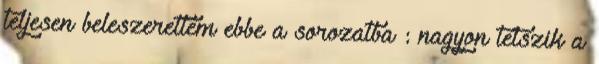
teljesen beleszerettem ebbe a sorozatba : nagyon tetszik a